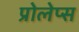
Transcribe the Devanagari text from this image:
प्रोलेप्स